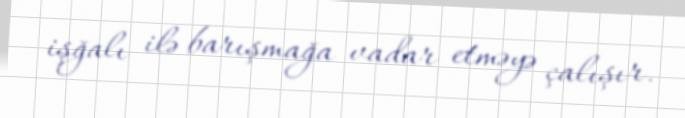
işğalı ilə barışmağa vadar etməyə çalışır.